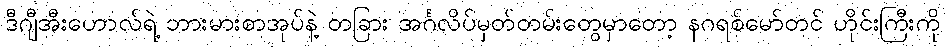
ဒီဂျီအီးဟောလ်ရဲ့ ဘားမားစာအုပ်နဲ့ တခြား အင်္ဂလိပ်မှတ်တမ်းတွေမှာတော့ နဂရစ်မော်တင် ဟိုင်းကြီးကို